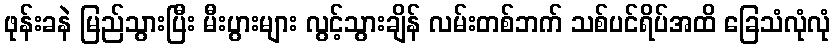
ဖုန်းခနဲ မြည်သွားပြီး မီးပွားများ လွင့်သွားချိန် လမ်းတစ်ဘက် သစ်ပင်ရိပ်အထိ ခြေသံလုံလုံ